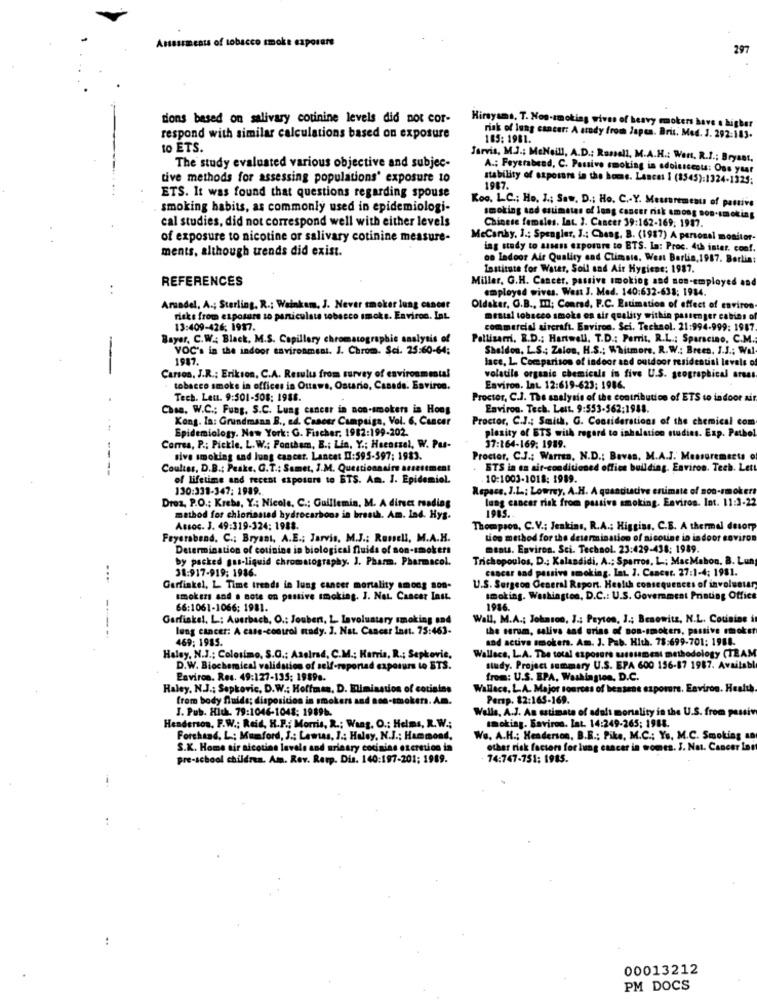
Assessments of tobacco smoke exporere
297
dions based on salivary cotinine levels did not cor-
Hirsyams, T. Non-smoking wives of heavy smokers have a higher
respond with similar calculations based on exposure
risk of lung cancer: A study from Japta. Brit. Med. J. 292:183.
185: 1981.
to ETS.
Jarvis, M.J .; MeNeill, A.D .: Russell, M.A.H .: Wort. R.J .; Bryant,
The study evaluated various objective and subjec-
A .: Feyerabend, C. Passive smoking in adolescents: Ous yaar
tive methods for assessing populations' exposure to
stability of exposure in the home. Lascas I (8545):1324-1325;
1987.
ETS. It was found that questions regarding spouse
Koo. L.C .; Ho. I .; Saw. D .; Ho. C .- Y. Meuaremeau of pattive
smoking habits, as commonly used in epidemiologi-
cal studies, did not correspond well with either levels
smoking sad estimates of lung cancer risk among non-smoking
Chinese females. Int. J. Cancer 39:162-169; 1987.
of exposure to nicotine or salivary cotinine measure-
MeCanky, J .; Spengler, J .: Chang, B. (1987) A personal monitor-
ments, although trends did exist.
ing study to assess exposure to BTS. La: Proc. 4th ister. conf.
co Ladoor Air Quality and Climate. West Berlin, 1987. Berlin:
Institute for Water, Soil and Air Hygiene: 1987.
REFERENCES
Miller, G.H. Cancer, passive smoking and non-employed and
..
employed wives. West J. Med. 140:632-638; 1984.
Aradel, A .; Sterling, R .: Wainkam, J. Never smoker lung cancer
Oldaker, G.B ., Il; Conrad, F.C. Estimation of effect of environ
risks from exposure to particulate tobacco smoke. Environ. Lat
mestal tobacco smoke on air quality within passenger cabins of
13:409-426; 1987.
commercial aircraft. Environ. Sci. Technol. 21:994-999: 1987.
Bayer, C.W .: Black, M.S. Capillary chromatographie analysis of
Pellisarri. R.D .: Hartwell. T.D .: Perrit. R.L .: Sparacino, C.M.
VOC's in the indoor environment. J. Chrom. Sci. 25:60-64;
Sheldon, L.S .; Zalos, H.S .; Whitmore, R.W .: Breen, J.J .; Wal-
-
1987.
lace, L. Comparison of indoor and outdoor residential levels of
Carson. J.R .: Erikson, C.A. Results from survey of environmental
volatile organic chemicals in five U.S. geographical areas
tobacco smoke in offices in Ottawa, Ontario, Casade. Esviros.
Environ. Int. 12:619-623: 1986.
Tech. Lett. 9:501-508: 1988.
Proctor, C.J. The analysis of the contribution of ETS to indoor ai
Chan, W.C .; Fung, S.C. Lung cancer in non-smokers in Hong
Environ. Tech. Lett. 9:553-562:1988.
Kong. In: Grundmann B ., ed. Caseer Campaign, Vol. 6. Cancer
Proctor, C.J .; Smith, G. Considerations of the chemical com
Epidemiology. New York: G. Fischer. 1982:199-202.
plesity of ETS with regard to inhalation studies. Exp. Pathol
Corres, P .; Pickle, L. W .: Pontham, B .; Lin, Y .; Heenczel, W. Pas-
37:164-169; 1989.
sive smoking and lung cancer. Lancet D:595-597; 1983.
Proctor, C.J .; Warren, N.D .; Bavas, M.A.J. Mat
Coulter, D.B .: Peake. G.T .: Samet, I.M. Questionnaire atsestment
BTS in en air-conditioned office building. Environ. Tech. Lett
of lifetime and recent exposure to BTS. Am. I. Epidemiol.
10:1003-1018: 1989.
130:331-347; 1989 ..
Ropacs, J.L .: Lowrey, A.H. A quantitative entim
non-smokers
Droz, P.O .: Krebs, Y .; Nicole, C .; Guillemin, M. A dirset reading
lung cancer risk from passive smoking. Enviros. Int. 11:3-22
method for chlorinated hydrocarbons in breath. Am. Ind. Hys.
1985.
Assoc. J. 49:319-324: 1988.
Thompson, C.V .: Jenkins, R.A .; Higgins, C.B. A thermal desorp
Feyerabend. C .; Bryant, A.E .; Jarvis, M.J .: Russell, M.A.H.
Lice method for the determination of nicotine in indoor environ
Determination of counine in biological fluids of son-smokers
ments. Environ. Sci. Technol. 23:429-438: 1989.
by packed gus-liquid chromatography. J. Pharm. Pharmacol.
Trichopoulos, D .: Kalandidi, A .; Sparros. L .; MacMahon. B. Lun
31:917-919: 1986.
cancer and passive smoking. Int. J. Cancer. 27:1-4; 1981.
...
Garfinkel, L. Time trends in lung cancer mortality among son-
U.S. Surgeon General Report. Health consequences of involuntas
smokezs and a note on pastive smoking. J. Nat. Cancer Inst.
smoking. Washington, D.C .: U.S. Government Printing Office
66:1061-1066; 1981.
1986.
Garfinkel. L: Auerbach, O .: Joubert, L Lavoluntary smoking and
Wall. M.A .; Johnson, J .; Payton, J .; Benowits, N.L. Cousins i
lung cancer: A case-control mady. 3. Nat. Cancer Inst. 75:463-
the sorum, saliva and erias of non-smokers, passive rmokst
469; 1985.
and active smokers. Am. J. Pub. Hith. 78:699-701: 1988.
Wallace, L.A. The total exposure assessment methodology (TEAM
Haley, N.J .: Colosimo, S.G .: Aselrad, C.M .; Harris, R .; Sepkovic,
D.W. Biochemical validation of self-reportad exposure to STS.
study. Project summary U.S. EPA 600 156-87 1987. Available
Environ. Res. 49:127-135; 19898.
from: U.S. EPA, Washington, D.C.
Haley, N.J .; Sepkovic, D.W .: Hoffman, D. Elimination of cotisins
Wallace. L.A. Major sources of bensene exporers. Environ. Health
from body fluids; disposition is smokers and non-smokers. A.m.
Persp. $2:165-169.
J. Pub. Hich. 79:1046-1048; 19896.
Wells, A.J. An estimate of adult mortality in the U.S. from passiv
smoking. Baviron. lat. 14:249-265; 1988.
Henderson, F.W .; Reid, H.P .; Morris, R .: Wang, O .: Helms, R.W .;
Forchand, L .: Mumford, J .: Lewis, J .: Haley, N.J .; Hammond,
We. A.H .; Henderson, B.B .: Pike, M.C .; Ys. M.C. Smoking an
S.K. Home air nicotine lavale and urinary cocinias excretion in
other risk factors for lung cancer in womes. J. Nat. Cancer Lant
pre-school children. Am. Rev. Resp. Dis. 140:197-201; 1989.
74:747-751: 1985.
-.
:
00013212
PM DOCS